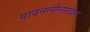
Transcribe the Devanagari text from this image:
पावनलीलाखेल